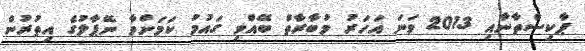
ޕާކިސްތާނާއި 2013 ވަނަ އަހަރު މުބާރާތް ބޭއްވި ގައުމު ކަމަށްވާ ނޭޕާލުގެ އިތުރުން